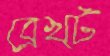
ব্রেখ্ট